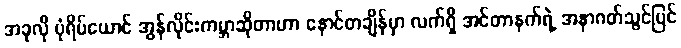
အခုလို ပုံရိပ်ယောင် အွန်လိုင်းကမ္ဘာဆိုတာဟာ နောင်တချိန်မှာ လက်ရှိ အင်တာနက်ရဲ့ အနာဂတ်သွင်ပြင်